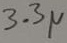
Text: 3.3µ